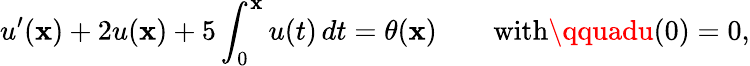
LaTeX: u^{\prime}(\mathbf{x})+2u(\mathbf{x})+5\int_{0}^{\mathbf{x}}u(t)\, dt=\theta(\mathbf{x})\qquad{\mathrm{{with}}}\qquadu(0)=0,